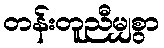
တန်းတူညီမျှစွာ